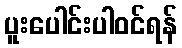
ပူးပေါင်းပါဝင်ရန်